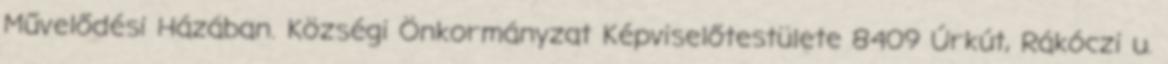
Művelődési Házában. Községi Önkormányzat Képviselőtestülete 8409 Úrkút, Rákóczi u.